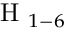
\mathrm { ~ H ~ } _ { 1 - 6 }